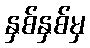
နှစ်နှစ်မှ